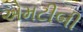
એમટીબી